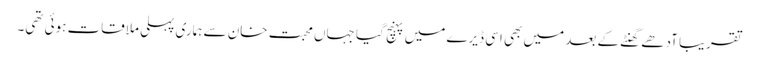
تقریبا آدھے گھنٹے کے بعد میں بھی اسی ڈیرے میں پہنچ گیا جہاں محبت خان سے ہماری پہلی ملاقات ہوئی تھی۔